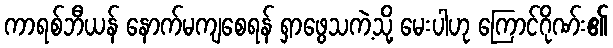
ကာရစ်ဘီယန် နောက်မကျစေရန် ရှာဖွေသကဲ့သို့ မေးပါဟု ကြောင်ဂိုဏ်း၏